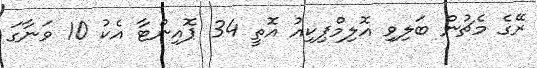
ރޭގެ މެޗުން ބަލިވި އޮލިމްޕިކިއު އޮތީ 34 ޕޮއިންޓާ އެކު 10 ވަނާގަ